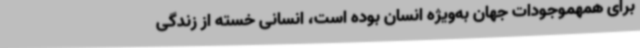
برای همهموجودات جهان به‌ویژه انسان بوده است، انسانی خسته از زندگی